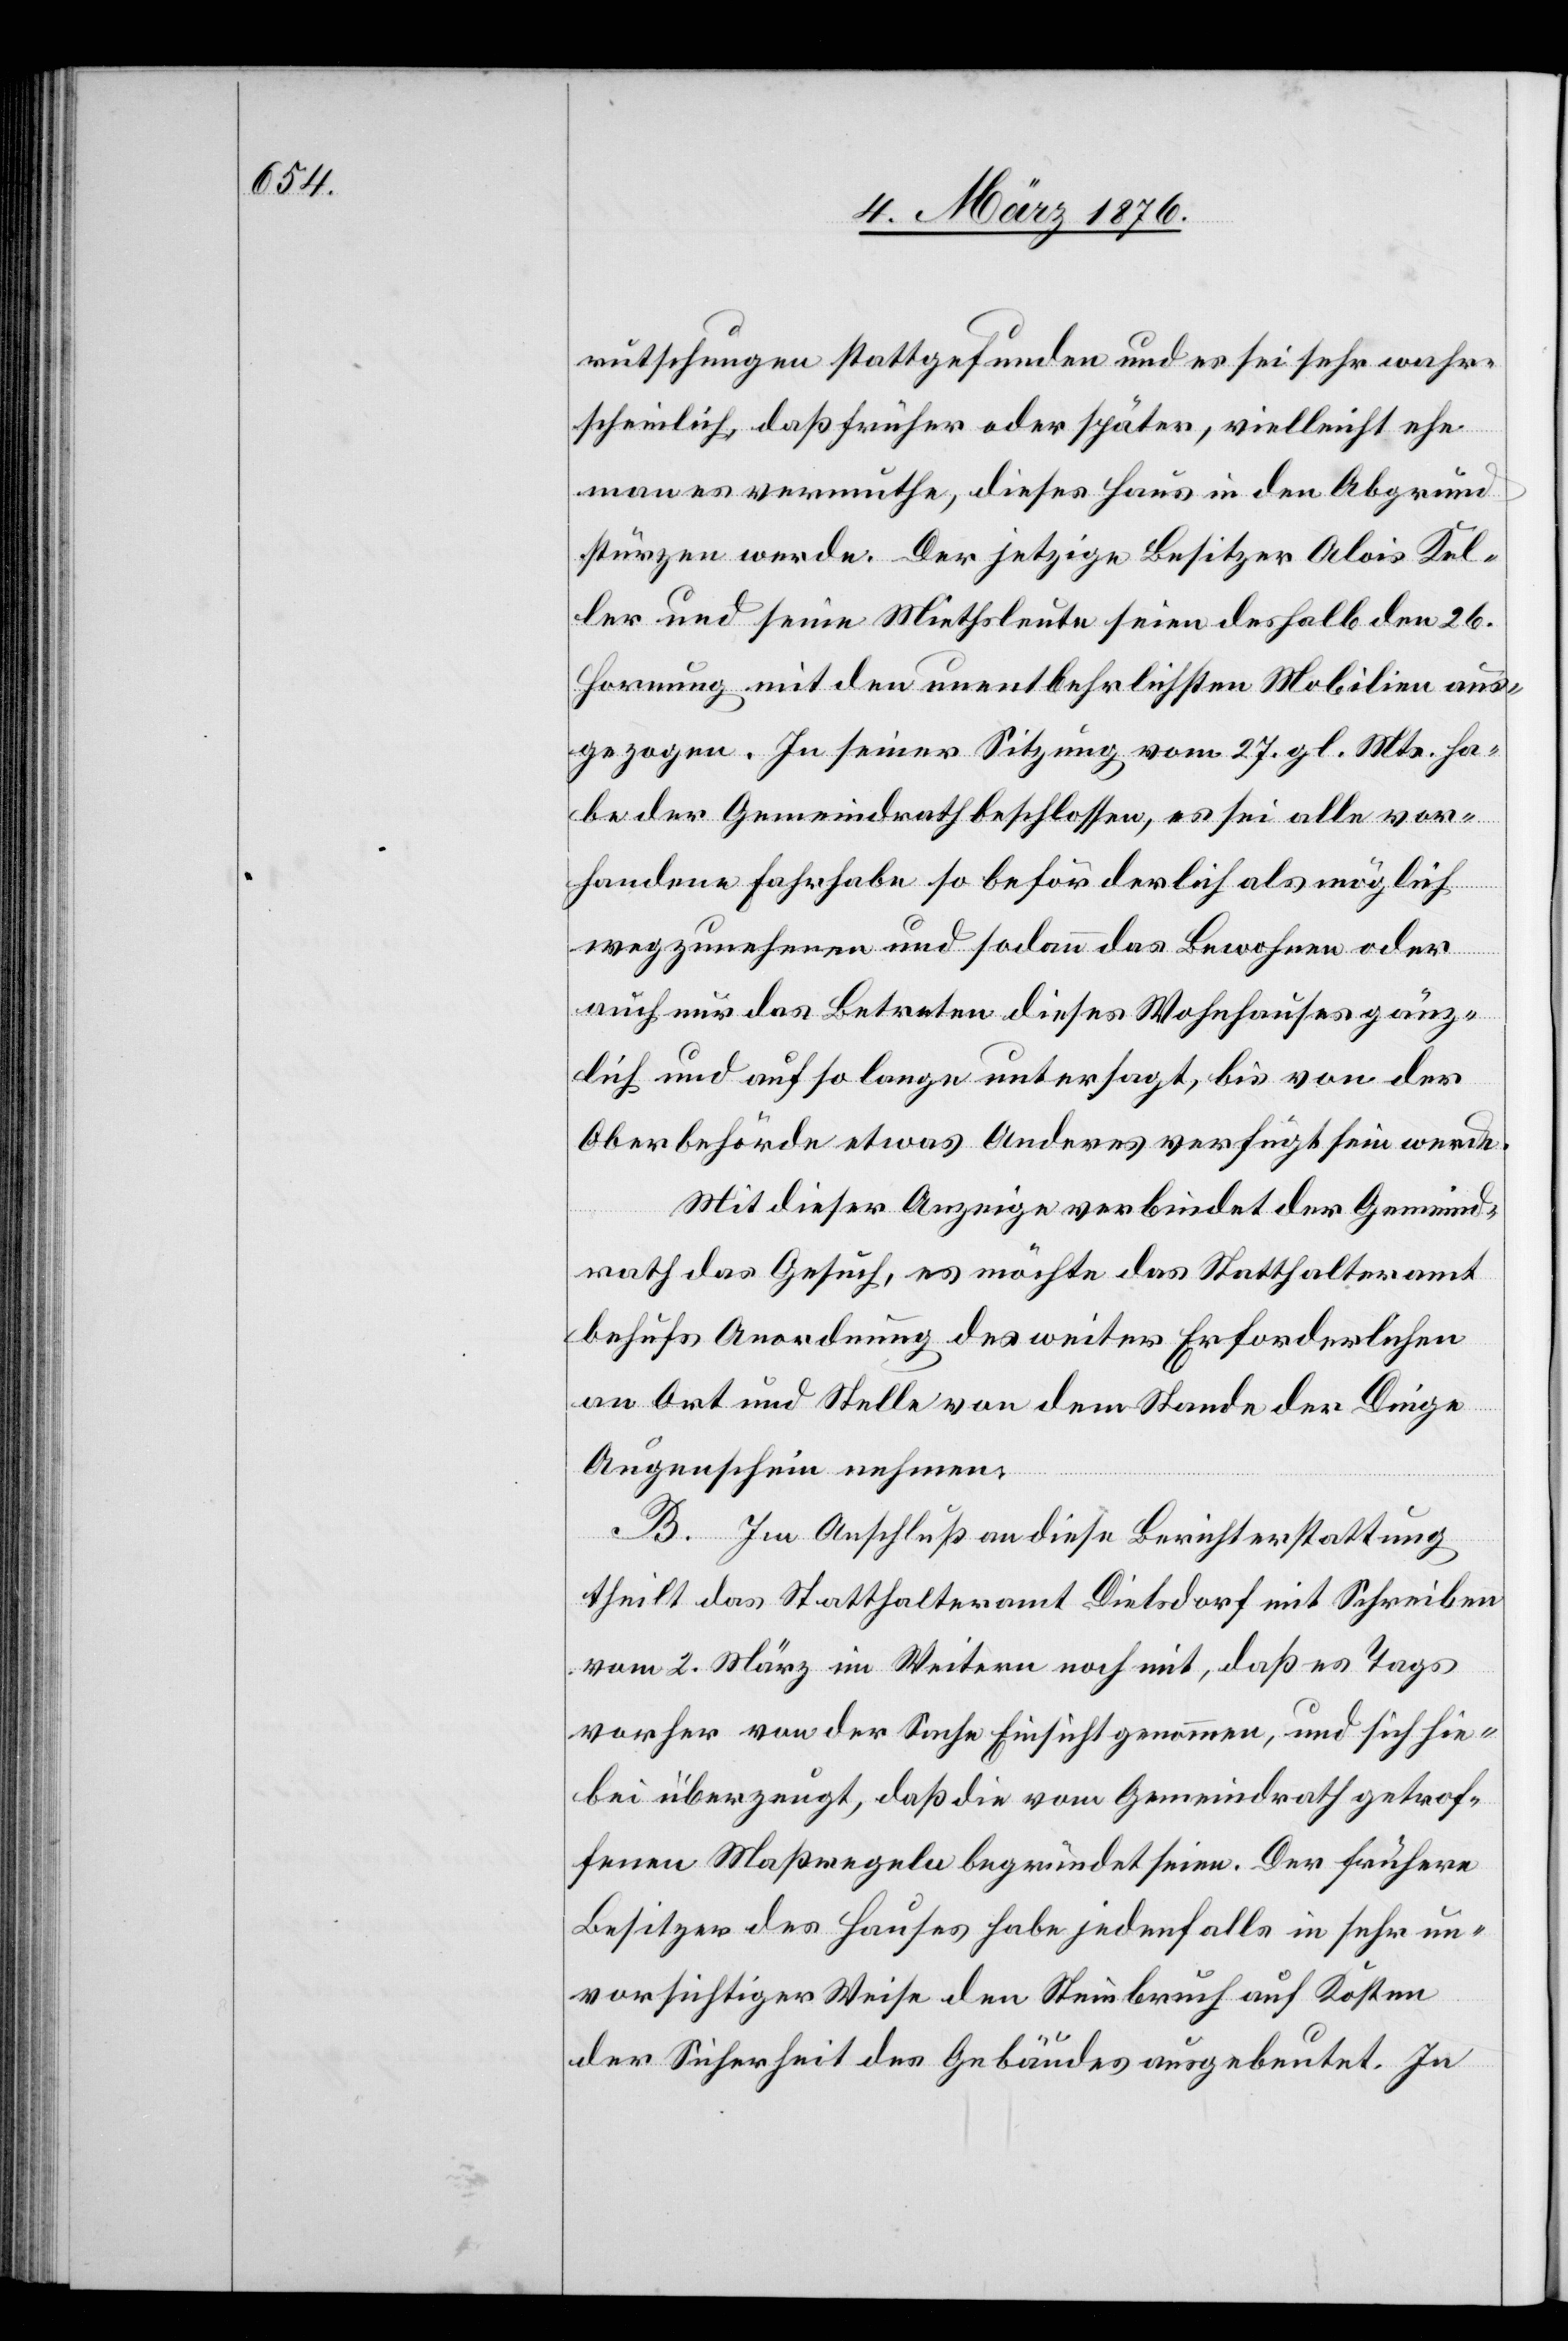
rutschungen stattgefunden und es sei sehr wahr¬
scheinlich daß früher oder später, vielleicht ehe
man es vermuthe, dieses Haus in den Abgrund
stürzen werde. Der jetzige Besitzer Alois Kel¬
ler und seine Miethsleute seien deshalb den 26.
Hornung mit den unentbehrlichsten Mobilien aus¬
gezogen. In seiner Sitzung vom 27. gl. Mts. ha¬
be der Gemeindrath beschlossen, es sei alle vor¬
handene Fahrhabe so beförderlich als möglich
wegzunehmen und sodann das Bewohnen oder
auch nur das Betreten dieses Wohnhauses gänz¬
lich und auf so lange untersagt, bis von der
Oberbehörde etwas Anderes verfügt sein werde.
Mit dieser Anzeige verbindet der Gemeind¬
rath das Gesuch, es möchte das Statthalteramt
behufs Anordnung des weiter Erforderlichen
an Ort und Stelle von dem Stande der Dinge
Augenschein nehmen.
B. Im Anschluß an diese Berichterstattung
theilt das Statthalteramt Dielsdorf mit Schreiben
vom 2. März im Weitern noch mit, daß es Tags
vorher von der Sache Einsicht genommen, und sich hie¬
bei überzeugt, daß die vom Gemeindrath getrof¬
fenen Maßregeln begründet seien. Der frühere
Besitzer des Hauses habe jedenfalls in sehr un¬
vorsichtiger Weise den Steinbruch auf Kosten
der Sicherheit des Gebäudes ausgebeutet. In